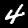
Digit: 4